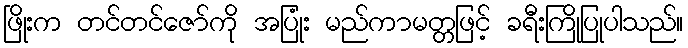
ဖြိုးက တင်တင်ဇော်ကို အပြုံး မည်ကာမတ္တဖြင့် ခရီးကြိုပြုပါသည်။